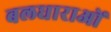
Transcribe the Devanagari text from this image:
बलधाराओं